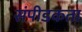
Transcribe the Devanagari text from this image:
संपीडकता